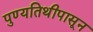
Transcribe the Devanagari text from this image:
पुण्यतिथीपासून